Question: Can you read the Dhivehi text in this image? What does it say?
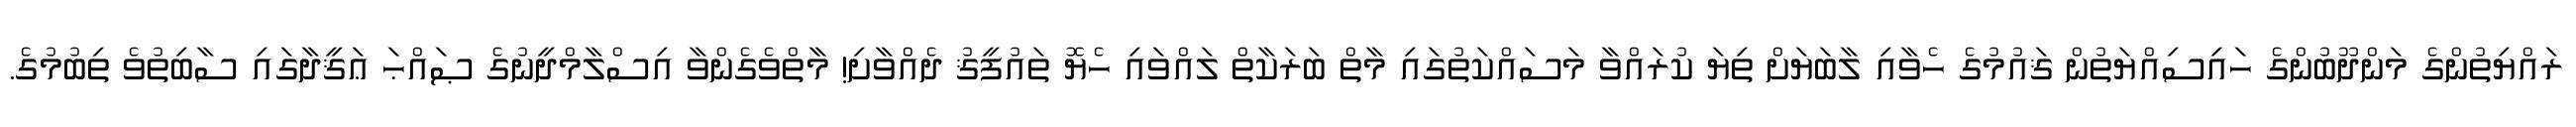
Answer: ރައްޔިތުންގެ މަންދޫބުންގެ ހައިސިއްޔަތުން ޤައުމުގެ ހެވާއި ލާބަޔަށް ތިޔަ ކުރައްވާ މަސައްކަތުގައި މާތް ބަރަކާތް ލައްވައި ހެޔޮ ތައުފީޤު ދެއްވާށި! މާތްވެގެންވާ އިސްލާމްދީނުގެ ޞައްޙަ ޢަޤީދާގައި ސާބިތުވެ ތިބުމުގެ.